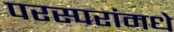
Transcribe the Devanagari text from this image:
परस्‍परांमधे